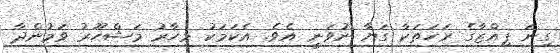
ގިނަ ޕިއްޒާގެ ރަހަތަކާ ގަޔާ ނުވަނީ އެވެ. އެކަމަކު މިހާރު މަޝްހޫރު ވަމުންދާ